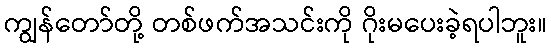
ကျွန်တော်တို့ တစ်ဖက်အသင်းကို ဂိုးမပေးခဲ့ရပါဘူး။